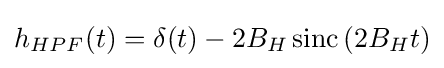
h_{HPF}(t)=\delta (t)-2B_{H}\operatorname {sinc} \left(2B_{H}t\right)